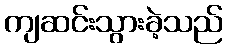
ကျဆင်းသွားခဲ့သည်